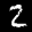
Label: 2